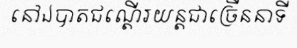
នៅឯបាតជណ្តើរយន្តជាច្រើននាទី